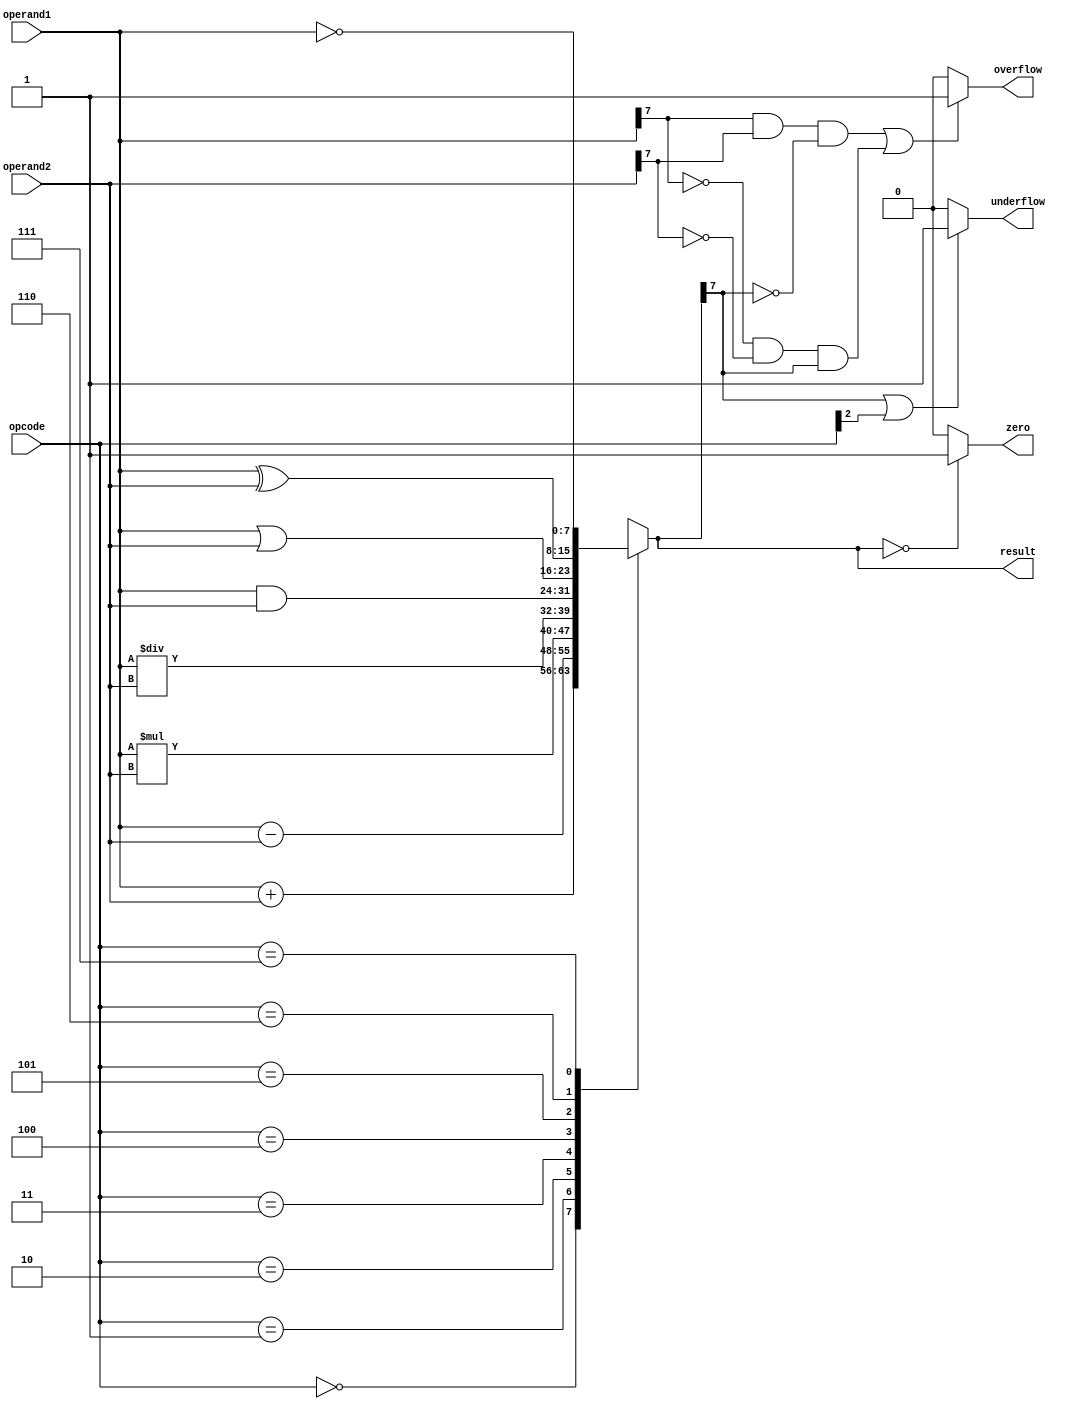
module ALU(input wire [7:0] operand1,
           input wire [7:0] operand2,
           input wire [2:0] opcode,
           output wire [7:0] result,
           output reg overflow,
           output reg underflow,
           output reg zero);

   reg [7:0] temp_result;
   
   always @(*) begin
      case (opcode)
         3'b000: temp_result = operand1 + operand2; // Addition
         3'b001: temp_result = operand1 - operand2; // Subtraction
         3'b010: temp_result = operand1 * operand2; // Multiplication
         3'b011: temp_result = operand1 / operand2; // Division
         3'b100: temp_result = operand1 & operand2; // AND
         3'b101: temp_result = operand1 | operand2; // OR
         3'b110: temp_result = operand1 ^ operand2; // XOR
         3'b111: temp_result = ~operand1; // NOT
      endcase

      // Check for overflow
      if ((operand1[7] & operand2[7] & ~temp_result[7]) | (~operand1[7] & ~operand2[7] & temp_result[7])) begin
         overflow = 1;
      end else begin
         overflow = 0;
      end

      // Check for underflow
      if (temp_result[7] | opcode[2]) begin
         underflow = 1;
      end else begin
         underflow = 0;
      end

      // Check for zero
      if (temp_result == 0) begin
         zero = 1;
      end else begin
         zero = 0;
      end
   end

   assign result = temp_result;

endmodule